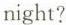
night?